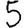
Digit: 5